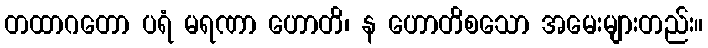
တထာဂတော ပရံ မရဏာ ဟောတိ၊ န ဟောတိစသော အမေးများတည်း။